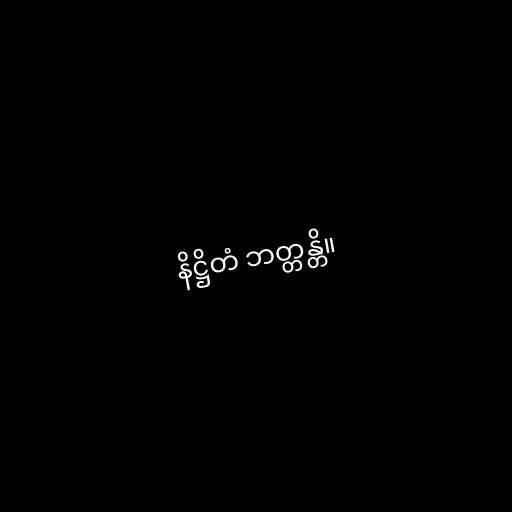
နိဋ္ဌိတံ ဘတ္တန္တိ။